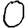
Digit: 0